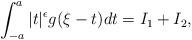
LaTeX: \begin{align*}\int_{-a}^a |t|^\epsilon g(\xi-t)dt=I_1+I_2, \end{align*}